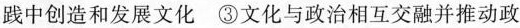
践中创造和发展文化③文化与政治相互交融并推动政